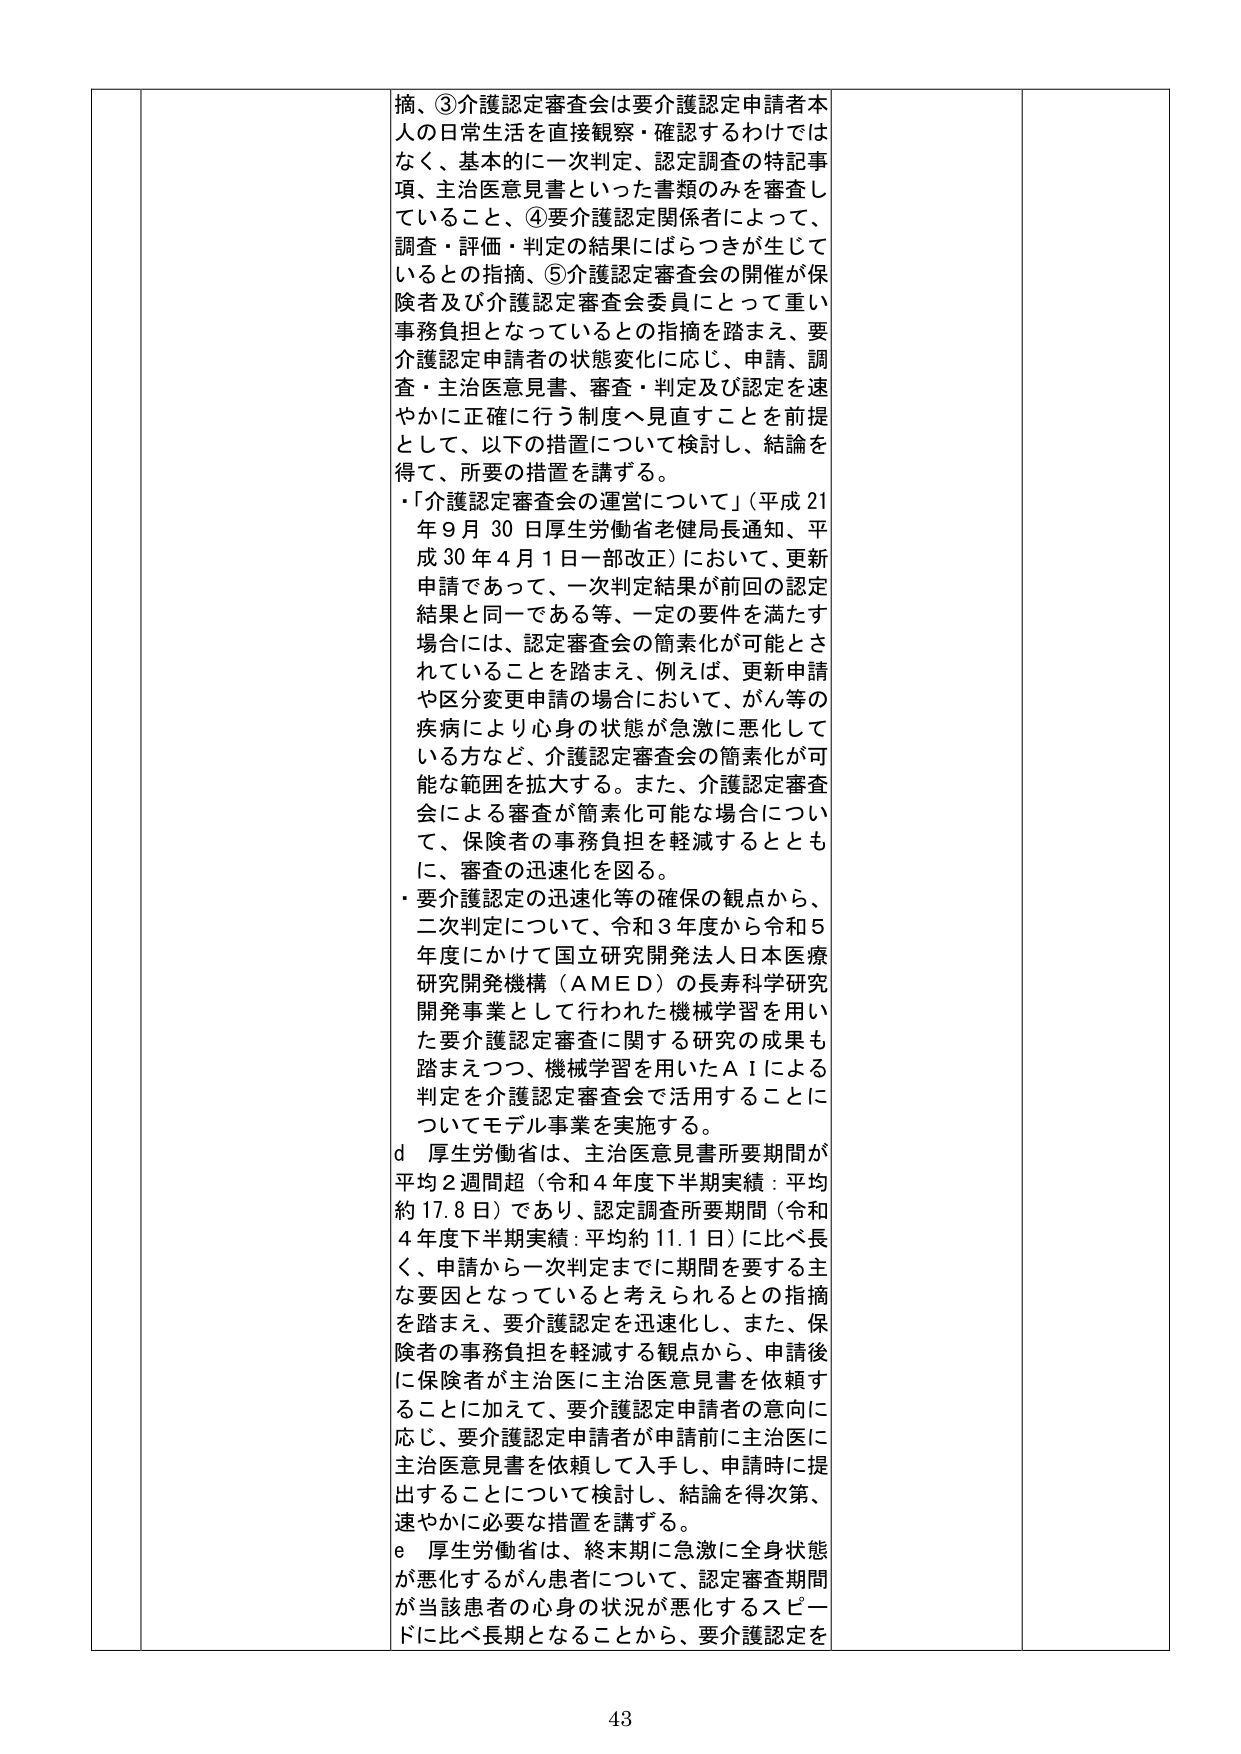
摘、③介護認定審査会は要介護認定申請者本人の日常生活を直接観察・確認するわけではなく、基本的に一次判定、認定調査の特記事項、主治医意見書といった書類のみを審査していること、④要介護認定関係者によって、調査・評価・判定の結果にはらつきが生じているとの指摘、⑤介護認定審査会の開催が保険者及び介護認定審査会委員にとって重い事務負担となっているとの指摘を踏まえ、要介護認定申請者の状態変化に応じ、申請、調査・主治医意見書、審査・判定及び認定を速やかに正確に行う制度へ見直すことを前提として、以下の措置について検討し、結論を得て、所要の措置を講ずる。

・「介護認定審査会の運営について」（平成21年9月30日厚生労働省老健局長通知、平成30年4月1日一部改正）において、更新申請であって、一次判定結果が前回の認定結果と同一である等、一定の要件を満たす場合には、認定審査会の簡素化が可能とされていることを踏まえ、例えば、更新申請や区分変更申請の場合において、がん等の疾病により心身の状態が急激に悪化している方など、介護認定審査会の簡素化が可能な範囲を拡大する。また、介護認定審査会による審査が簡素化可能な場合について、保険者の事務負担を軽減するとともに、審査の迅速化を図る。

・要介護認定の迅速化等の確保の観点から、二次判定について、令和3年度から令和5年度にかけて国立研究開発法人日本医療研究開発機構（AMED）の長寿科学研究開発事業として行われた機械学習を用いた要介護認定審査に関する研究の成果も踏まえつつ、機械学習を用いたAIによる判定を介護認定審査会で活用することについてモデル事業を実施する。

d 厚生労働省は、主治医意見書所要期間が平均2週間超（令和4年度下半期実績：平均約17.8日）であり、認定調査所要期間（令和4年度下半期実績：平均約11.1日）に比べ長く、申請から一次判定までに期間を要する主な要因となっていると考えられるとの指摘を踏まえ、要介護認定を迅速化し、また、保険者の事務負担を軽減する観点から、申請後に保険者が主治医に主治医意見書を依頼することに加えて、要介護認定申請者の意向に応じ、要介護認定申請者が申請前に主治医に主治医意見書を依頼して入手し、申請時に提出することについて検討し、結論を得次第、速やかに必要な措置を講ずる。

e 厚生労働省は、終末期に急激に全身状態が悪化するがん患者について、認定審査期間が当該患者の心身の状況が悪化するスピードに比べ長期となることから、要介護認定を

43